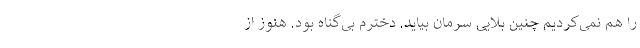
را هم نمی‌کردیم چنین بلایی سرمان بیاید. دخترم بی‌گناه بود. هنوز از